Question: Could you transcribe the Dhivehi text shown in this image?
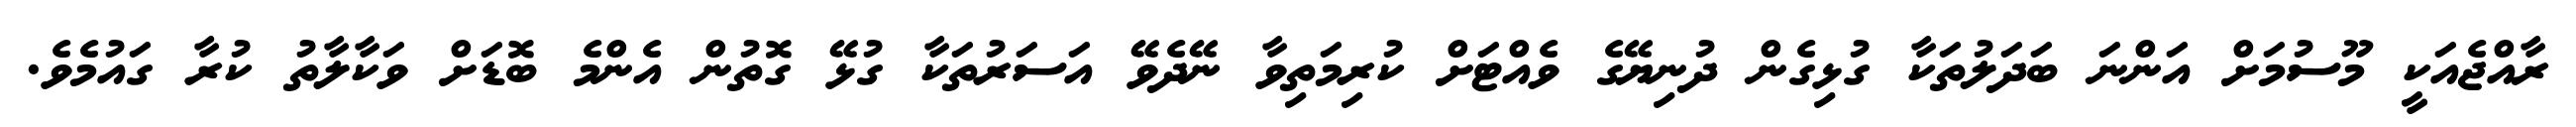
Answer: ރާއްޖެއަކީ މޫސުމަށް އަންނަ ބަދަލުތަކާ ގުޅިގެން ދުނިޔޭގެ ވެއްޓަށް ކުރިމަތިވާ ނޭދެވޭ އަސަރުތަކާ ގުޅޭ ގޮތުން އެންމެ ބޮޑަށް ވަކާލާތު ކުރާ ގައުމެވެ.